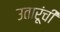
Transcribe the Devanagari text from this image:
उतारूंची